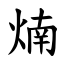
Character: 煵